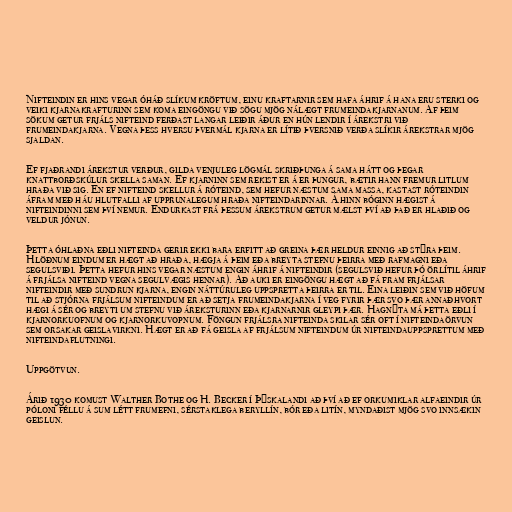
Nifteindin er hins vegar óháð slíkum kröftum, einu kraftarnir sem hafa áhrif á hana eru sterki og
veiki kjarnakrafturinn sem koma eingöngu við sögu mjög nálægt frumeindakjarnanum. Af þeim
sökum getur frjáls nifteind ferðast langar leiðir áður en hún lendir í árekstri við
frumeindakjarna. Vegna þess hversu þvermál kjarna er lítið þversnið verða slíkir árekstrar mjög
sjaldan.

Ef fjaðrandi árekstur verður, gilda venjuleg lögmál skriðþunga á sama hátt og þegar
knattborðskúlur skella saman. Ef kjarninn sem rekist er á er þungur, bætir hann fremur litlum
hraða við sig. En ef nifteind skellur á róteind, sem hefur næstum sama massa, kastast róteindin
áfram með háu hlutfalli af upprunalegum hraða nifteindarinnar. Á hinn bóginn hægist á
nifteindinni sem því nemur. Endurkast frá þessum árekstrum getur mælst því að það er hlaðið og
veldur jónun.

Þetta óhlaðna eðli nifteinda gerir ekki bara erfitt að greina þær heldur einnig að stýra þeim.
Hlöðnum eindum er hægt að hraða, hægja á þeim eða breyta stefnu þeirra með rafmagni eða
segulsviði. Þetta hefur hins vegar næstum engin áhrif á nifteindir (segulsvið hefur þó örlítil áhrif
á frjálsa nifteind vegna segulvægis hennar). Að auki er eingöngu hægt að fá fram frjálsar
nifteindir með sundrun kjarna, engin náttúruleg uppspretta þeirra er til. Eina leiðin sem við höfum
til að stjórna frjálsum nifteindum er að setja frumeindakjarna í veg fyrir þær svo þær annaðhvort
hægi á sér og breyti um stefnu við áreksturinn eða kjarnarnir gleypi þær. Hagnýta má þetta eðli í
kjarnorkuofnum og kjarnorkuvopnum. Föngun frjálsra nifteinda skilar sér oft í nifteindaörvun
sem orsakar geislavirkni. Hægt er að fá geisla af frjálsum nifteindum úr nifteindauppsprettum með
nifteindaflutningi.

Uppgötvun.

Árið 1930 komust Walther Bothe og H. Becker í Þýskalandi að því að ef orkumiklar alfaeindir úr
póloni féllu á sum létt frumefni, sérstaklega beryllín, bór eða litín, myndaðist mjög svo innsækin
geislun.